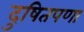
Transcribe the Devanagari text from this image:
दुषितपणा